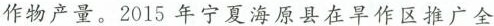
作物产量。2015年宁夏海原县在旱作区推广全